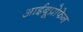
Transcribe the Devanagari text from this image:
आईबूप्रोफेन